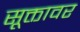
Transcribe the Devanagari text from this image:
सूक्तावर